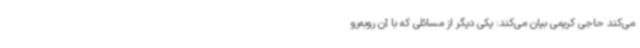
می‌کند حاجی کریمی بیان می‌کند: یکی دیگر از مسائلی که با آن روبه‌رو